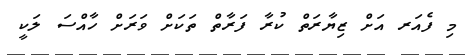
މި ފެއަރ އަށް ޒިޔާރަތް ކުރާ ފަރާތް ތަކަށް ވަރަށް ހާއްސަ ލަކީ